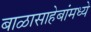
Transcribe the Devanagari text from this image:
बाळासाहेबांमध्ये